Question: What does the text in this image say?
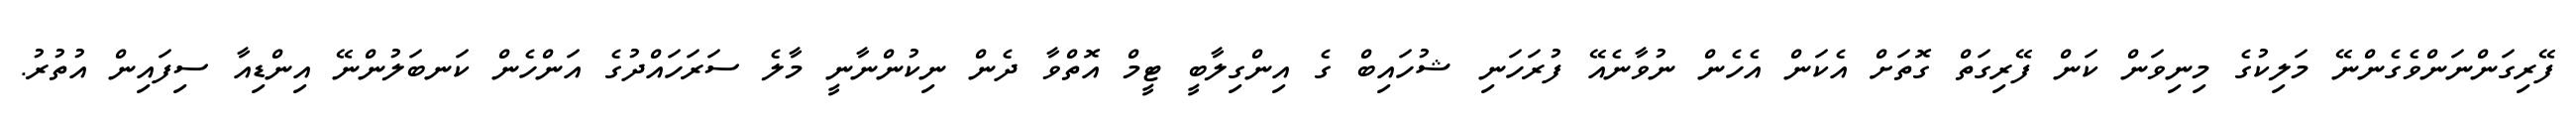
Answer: ފޭރިގަންނަންވެގެންނޭ މަލިކުގެ މިނިވަން ކަން ފޭރިގަތް ގޮތަށް އެކަން އެހެން ނުވާނެއޭ ފުރަހަނި ޝުހައިބް ގެ އިންގިލާބީ ޓީމް އޮތްވާ ދެން ނިކުންނާނީ މާލެ ސަރަހައްދުގެ އަންހެން ކަނބަލުންނޭ އިންޑިއާ ސިފައިން އުތުރު.